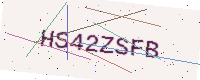
Text: HS42ZSFB